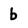
Character: b